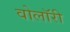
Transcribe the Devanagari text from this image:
वोलॉरी